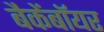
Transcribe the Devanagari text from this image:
बैकेंबॉयर